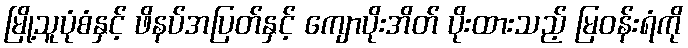
မြို့သူပုံစံနှင့် ဖိနပ်အပြတ်နှင့် ကျောပိုးအိတ် ပိုးထားသည့် မြဝန်းရံကို